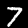
Digit: 7